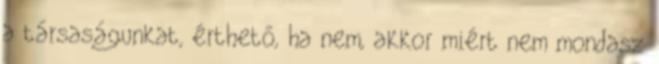
a társaságunkat, érthető, ha nem, akkor miért nem mondasz